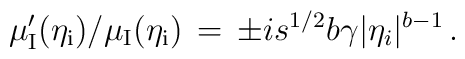
\mu '_{\rm I}(\eta _{\rm i})/\mu _{\rm I}(\eta _{\rm i})\, = \, \pm is^{1/2}b\gamma \vert \eta _i\vert ^{b-1} \, .